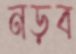
নড়ব